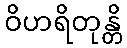
ဝိဟရိတုန္တိ